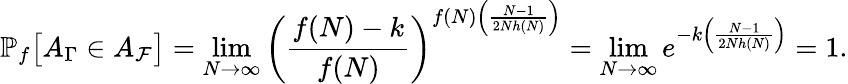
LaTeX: \mathbb{P}_{f}\big[A_{\Gamma}\in A_{\mathcal{F}}\big]=\operatorname*{lim}_{N\rightarrow\infty}\left(\frac{f(N)-k}{f(N)}\right)^{f(N)\left(\frac{N-1}{2Nh(N)}\right)}=\operatorname*{lim}_{N\rightarrow\infty}e^{-k\left(\frac{N-1}{2Nh(N)}\right)}=1.